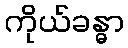
ကိုယ်ခန္ဓာ